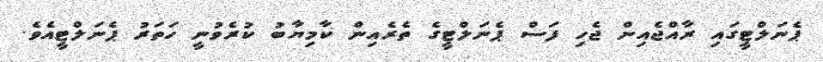
ޕެނަލްޓީގައި ރާއްޖެއިން ޖެހި ފަސް ޕެނަލްޓީގެ ތެރެއިން ކާމިޔާބު ކުރެވުނީ ހަތަރު ޕެނަލްޓީއެވެ.